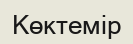
Көктемір